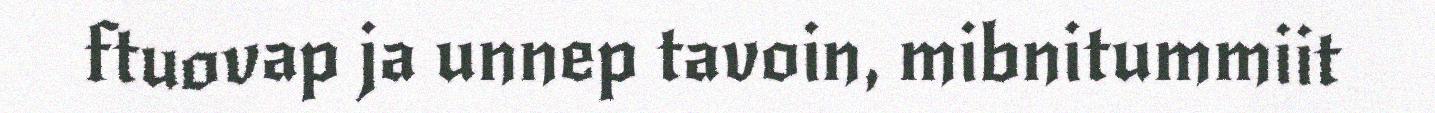
ftuovap ja unnep tavoin, mibnitummiit